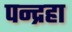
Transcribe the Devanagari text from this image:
पन्द्रहा